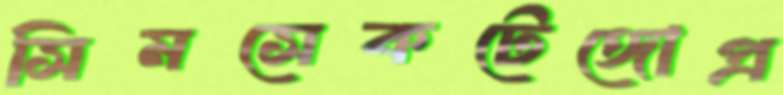
সিমসেকটেঙ্গোপ্র